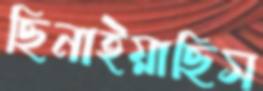
ছিনাইয়াছিস